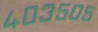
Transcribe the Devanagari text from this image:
४०३५०५